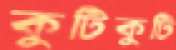
কুটিকুটি